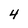
Character: 4